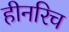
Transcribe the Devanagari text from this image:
हीनरिच